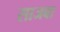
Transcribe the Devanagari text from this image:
साजबा